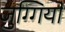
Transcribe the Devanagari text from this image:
जुग्गियों